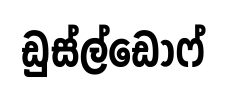
ඩුස්ල්ඩොෆ්